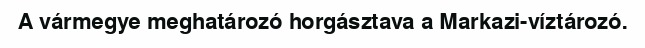
A vármegye meghatározó horgásztava a Markazi-víztározó.